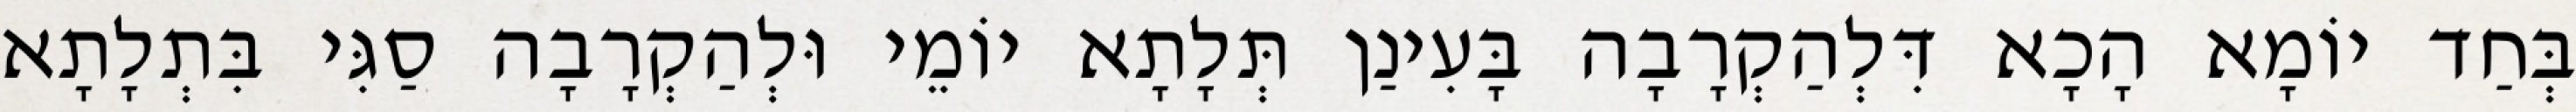
בְּחַד יוֹמָא הָכָא דִּלְהַקְרָבָה בָּעִינַן תְּלָתָא יוֹמֵי וּלְהַקְרָבָה סַגִּי בִּתְלָתָא